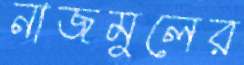
নাজমুলের